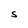
Character: S